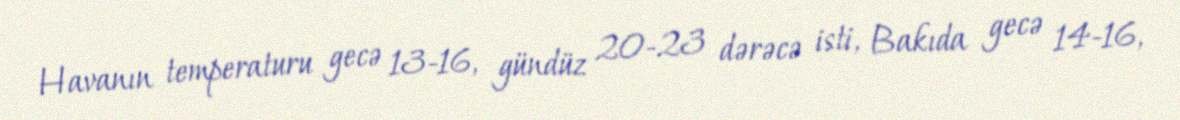
Havanın temperaturu gecə 13-16, gündüz 20-23 dərəcə isti, Bakıda gecə 14-16,